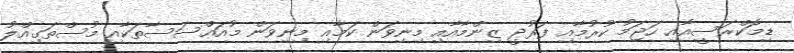
ޑިމޮކްރަސީއާއި ހަޖަމު ކުރުމާއި ފަރުދީ ޒިންމާއާއި މިނިވަން ކަމާއި މިނިވަން މުއައްސަސާތަކާއި މުސްތަގިއްލު